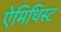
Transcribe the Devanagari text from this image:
ऐमिथिस्ट